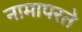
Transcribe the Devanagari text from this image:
नामापरते